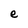
Character: e